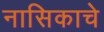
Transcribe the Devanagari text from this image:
नासिकाचे